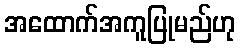
အထောက်အကူပြုမည်ဟု